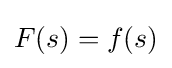
F(s)=f(s)